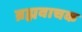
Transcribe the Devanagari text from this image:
ब्रह्मवाचक